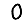
Digit: 0